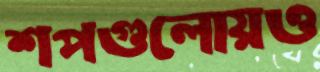
শপগুলোয়ও